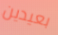
بعيدين